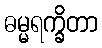
ဓမ္မရက္ခိတာ